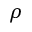
\rho